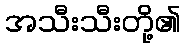
အသီးသီးတို့၏